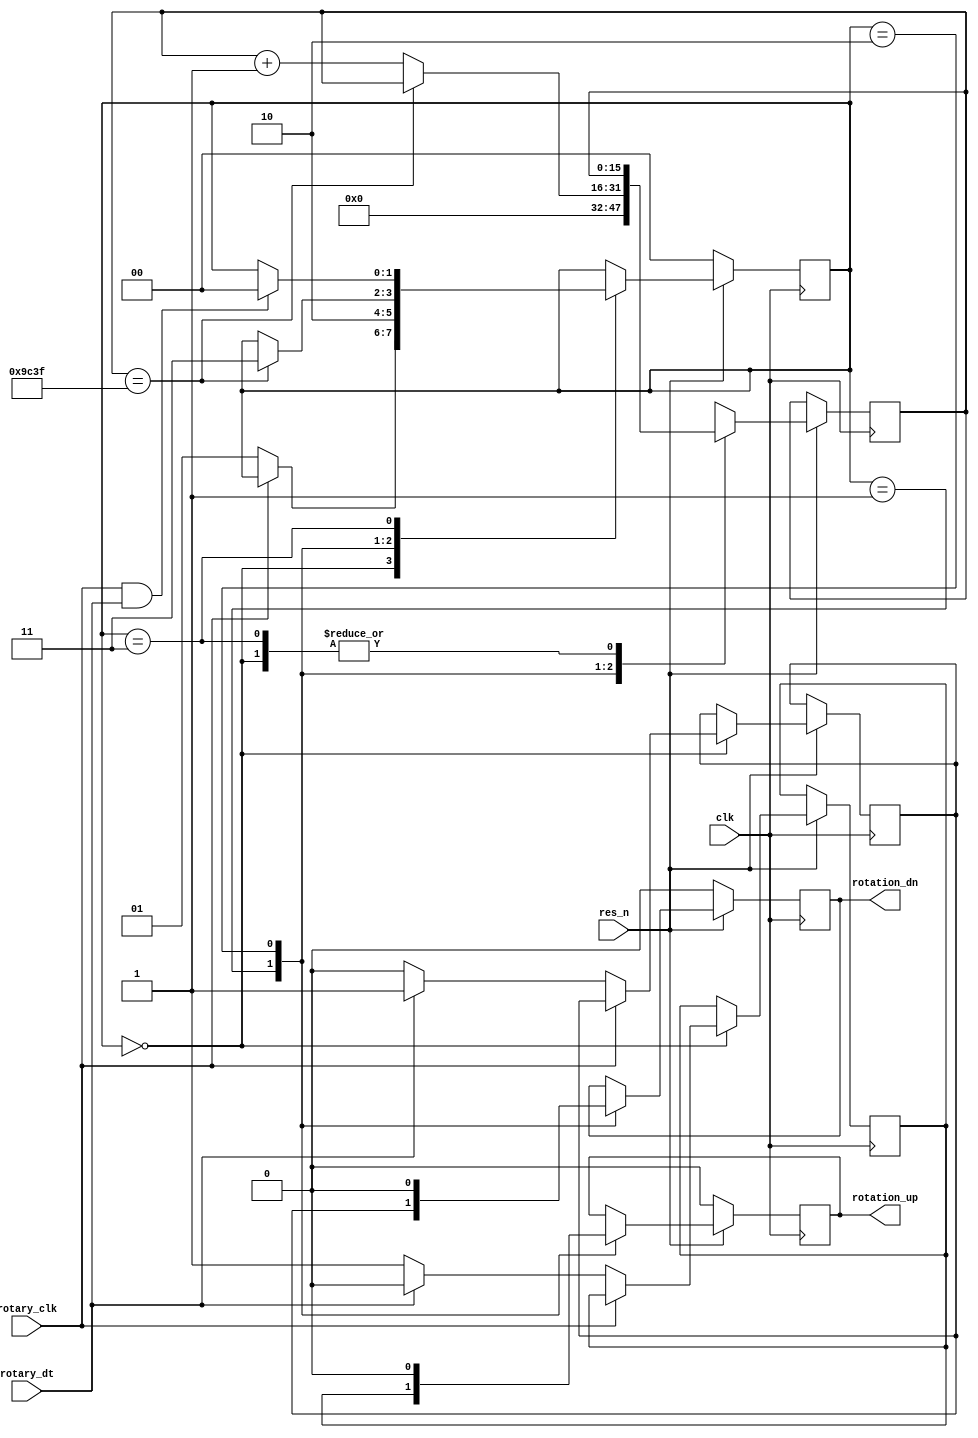
/*
 * Copyright (c) 2024 Fabio Ramirez Stern
 * SPDX-License-Identifier: Apache-2.0
 */

`default_nettype none

module rotary_decoder (
  
  /*
  * Rotary Encoder Decoder
  * Takes the two outputs of a rotary coder and determines in which direction it was turned. Output as one hod encoding.
  * rotary_clk and rotary_dt can be swapped to change direction, their connection should be arbitrary.
  */

  input wire clk, // 40MHz clock
  input wire res_n, // active low reset
  input wire rotary_clk, // output labeled clk of the rotary encoder (active low)
  input wire rotary_dt,  // output labeled dt  of the rotary encoder (active low)
  output reg rotation_up,  // goes high for one clock cycle if rotated upwards (clockwise)
  output reg rotation_dn   // goes high for one clock cycle if rotated downwards (counter clockwise)
);

  reg up_detected;
  reg dn_detected;
  reg [1:0] state;

  // FSM states
  localparam DETECTING = 2'b00;
  localparam OUTPUT    = 2'b01;
  localparam PAUSE     = 2'b10;
  localparam WAIT      = 2'b11;

  // Pause counter
  reg [15:0] pause_counter;

  always @(posedge clk) begin // process to monitor encoder
    
    if (!res_n) begin // reset
      rotation_up <= 0;
      rotation_dn <= 0;
      state <= DETECTING;
    end else begin

      case(state) // FSM

        DETECTING: begin
          if (!rotary_clk) begin // movement detected
            if (!rotary_dt) begin // rotary_dt already high => up movement
              up_detected <= 1;
              dn_detected <= 0;
              state <= OUTPUT;
            end else begin       // rotary_dt still low => down movement
              up_detected <= 0;
              dn_detected <= 1;
              state <= OUTPUT;
            end
          end
        end // DETECTING

        OUTPUT: begin // copy the detected state to the outputs and go to next state where they will be set to 0 again => on for one clock
          rotation_up <= up_detected;
          rotation_dn <= dn_detected;
          pause_counter = 16'b0;
          state <= PAUSE;
        end //OUTPUT

        PAUSE: begin // pause for 1 ms to debounce (40k clock cycles)
          rotation_up <= 0;
          rotation_dn <= 0;
          if (pause_counter == 16'b1001_1100_0011_1111) begin
            state <= WAIT;
          end else begin
            pause_counter = pause_counter + 16'b1;
          end
        end // PAUSE

        WAIT: begin // wait until both inputs are high again, then transition to detecting again
          if (rotary_clk && rotary_dt) begin
            state <= DETECTING;
          end          
        end // WAIT

        default:;
      endcase

    end

  end
endmodule